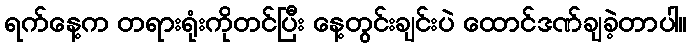
ရက်နေ့က တရားရုံးကိုတင်ပြီး နေ့တွင်းချင်းပဲ ထောင်ဒဏ်ချခဲ့တာပါ။